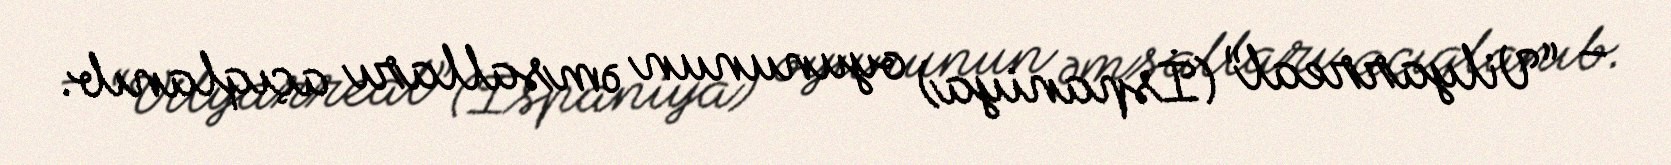
– “Vilyarreal” (İspaniya) oyununun əmsalları açıqlanıb.